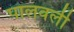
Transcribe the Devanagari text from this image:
पालवली